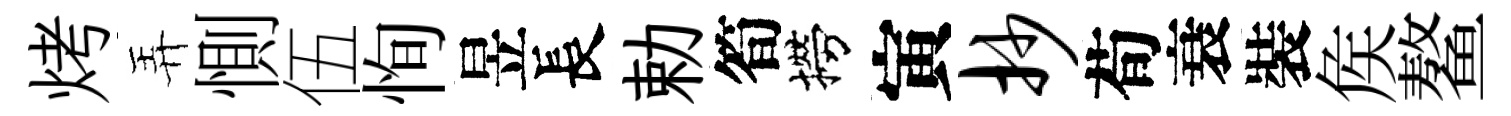
烤弄惻伍恂昱長勅筍撈寅抄荀衰裝矦鳌